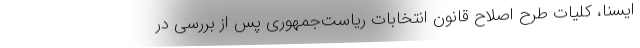
ایسنا، کلیات طرح اصلاح قانون انتخابات ریاست‌جمهوری پس از بررسی در